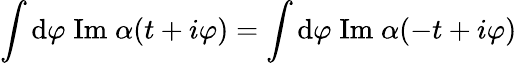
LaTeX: \int\mathrm{d}\varphi\; \mathrm{{Im}}\; \alpha(t+i\varphi)=\int\mathrm{d}\varphi\; \mathrm{{Im}}\; \alpha(-t+i\varphi)